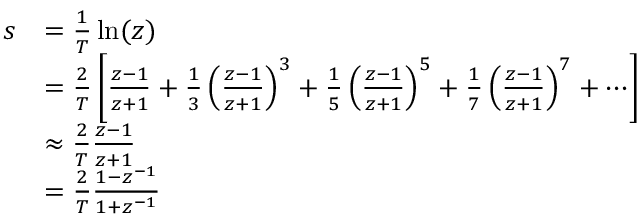
{ \begin{array} { r l } { s } & { = { \frac { 1 } { T } } \ln ( z ) } \\ & { = { \frac { 2 } { T } } \left[ { \frac { z - 1 } { z + 1 } } + { \frac { 1 } { 3 } } \left( { \frac { z - 1 } { z + 1 } } \right) ^ { 3 } + { \frac { 1 } { 5 } } \left( { \frac { z - 1 } { z + 1 } } \right) ^ { 5 } + { \frac { 1 } { 7 } } \left( { \frac { z - 1 } { z + 1 } } \right) ^ { 7 } + \cdots \right] } \\ & { \approx { \frac { 2 } { T } } { \frac { z - 1 } { z + 1 } } } \\ & { = { \frac { 2 } { T } } { \frac { 1 - z ^ { - 1 } } { 1 + z ^ { - 1 } } } } \end{array} }